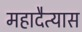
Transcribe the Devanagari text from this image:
महादैत्यास